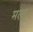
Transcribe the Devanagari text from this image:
मल्ह